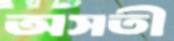
অসতী